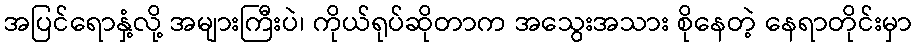
အပြင်ရောနှံ့လို့ အများကြီးပဲ၊ ကိုယ်ရုပ်ဆိုတာက အသွေးအသား စိုနေတဲ့ နေရာတိုင်းမှာ